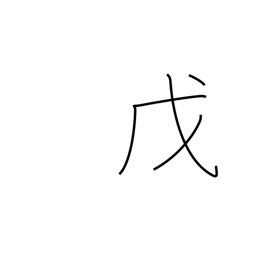
Meaning: 5th calendar sign